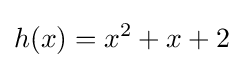
h(x)=x^{2}+x+2